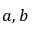
a , b